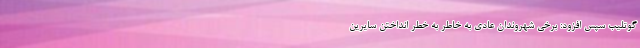
گوتلیب سپس افزود: برخی شهروندان عادی به خاطر به خطر انداختن سایرین